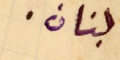
لبنان.